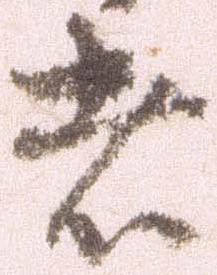
者